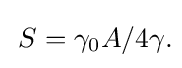
\,S=\gamma _{0}A/4\gamma .\!